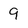
Character: 9